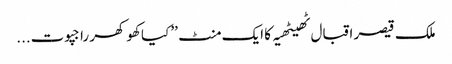
ملک قیصر اقبال ٹھیٹھیہ کا ایک منٹ ’’ کیا کھوکھر راجپوت...